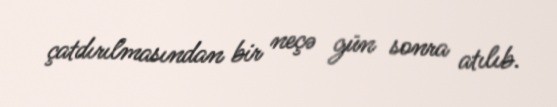
çatdırılmasından bir neçə gün sonra atılıb.